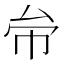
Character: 𠫦